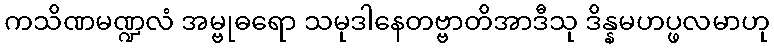
ကသိဏမဏ္ဍလံ အမ္ဗုဓရော သမုဒါနေတဗ္ဗာတိအာဒီသု ဒိန္နမဟပ္ဖလမာဟု